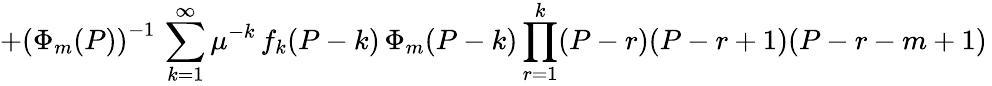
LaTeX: +\left(\Phi_{m}(P)\right)^{-1}\, \sum_{k=1}^{\infty}\mu^{-k}\, f_{k}(P-k)\, \Phi_{m}(P-k)\prod_{r=1}^{k}(P-r)(P-r+1)(P-r-m+1)\,